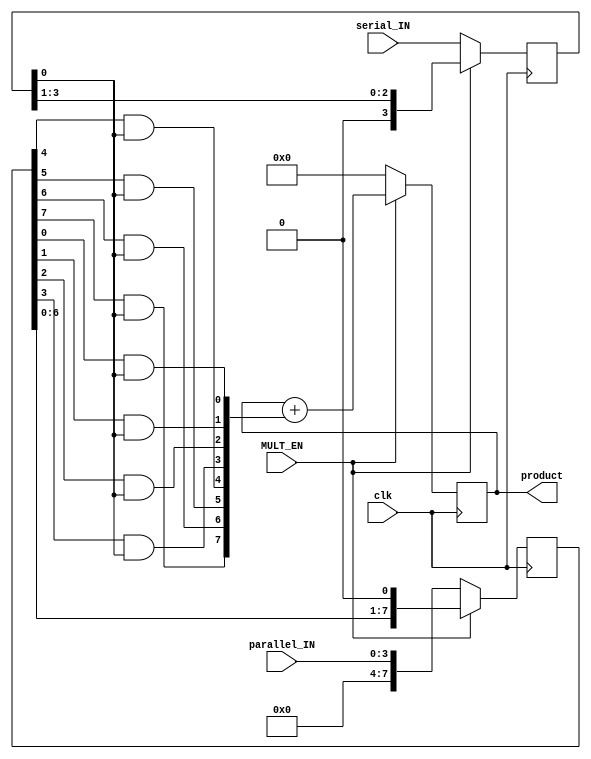
`timescale 1ns / 1ps
//////////////////////////////////////////////////////////////////////////////////
// Company: 
// Engineer: 
// 
// Design Name: 
// Module Name:    shift_add_mult 
// Project Name: 
// Target Devices: 
// Tool versions: 
// Description: 
//
// Dependencies: 
//
// Revision: 
// Revision 0.01 - File Created
// Additional Comments: 
//
//////////////////////////////////////////////////////////////////////////////////
//do the 1101x1011

module shift_add_mult(clk,	parallel_IN, serial_IN,	MULT_EN,	product);

parameter N = 4;

input wire clk;
input wire [N-1:0] parallel_IN;
input wire [N-1:0] serial_IN;
input wire MULT_EN;
output reg [2*N-1:0] product;

reg [N-1:0] serial_IN_SAVED;
reg [2*N-1:0] parallel_IN_SAVED;

wire [2*N-1:0] add_to_product;

/*
memory part
*/

always @(posedge clk) begin
    if (MULT_EN == 0) begin
		parallel_IN_SAVED = {8'b0, parallel_IN};
		serial_IN_SAVED = serial_IN;
    end
    else begin
	   parallel_IN_SAVED =   {parallel_IN_SAVED[2*N-2:0], 1'b0};
		serial_IN_SAVED = {1'b0, serial_IN_SAVED[ N-1:1]};
	 end	 
end

/*
choose input
*/
//assign multiplexer_out = (SHIFT_EN==1 )? {parallel_IN_SAVED[6:0], 1'b0} : parallel_IN;

/*
check if the next serial input is zero
 - if it is zero, do only the shift op
 - else do shift and add
*///
/*
assign add_to_product =  {  
		parallel_IN_SAVED[7] & serial_IN_SAVED[0],
		parallel_IN_SAVED[6] & serial_IN_SAVED[0],
		parallel_IN_SAVED[5] & serial_IN_SAVED[0],
		parallel_IN_SAVED[4] & serial_IN_SAVED[0],
		parallel_IN_SAVED[3] & serial_IN_SAVED[0],
		parallel_IN_SAVED[2] & serial_IN_SAVED[0],
		parallel_IN_SAVED[1] & serial_IN_SAVED[0],
		parallel_IN_SAVED[0] & serial_IN_SAVED[0]
  };
*/

genvar i;
generate
  for (i = 0; i < 2*N; i = i + 1) begin:m
    assign  add_to_product[i] = parallel_IN_SAVED[i] & serial_IN_SAVED[0];
  end
endgenerate 

 
/*
save each add until adding
only zeros
*/
always @(posedge clk) begin
  if (MULT_EN == 0) 
    product = 0;
  else 
    product = product + add_to_product;
	 
 	 
end


endmodule